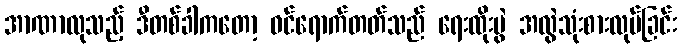
အာဏာလုသည့် ဒီတစ်ခါကတော့ ဝင်ရောက်တတ်သည် ရေးထိုးပွဲ အလွဲသုံးစားလုပ်ခြင်း